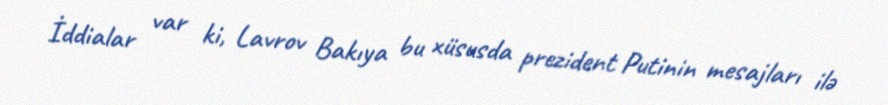
İddialar var ki, Lavrov Bakıya bu xüsusda prezident Putinin mesajları ilə